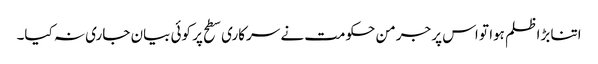
اتنا بڑا ظلم ہوا تو اس پر جرمن حکومت نے سرکاری سطح پر کوئی بیان جاری نہ کیا۔